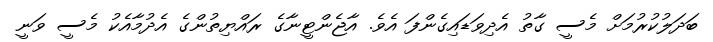
ބަދަލުކުރުމަށް މެސީ ގާތު އެދިވަޑައިގެންފަ އެވެ. އާޖެންޓީނާގެ ރައްޔިތުންގެ އެދުމާއެކު މެސީ ވަނީ